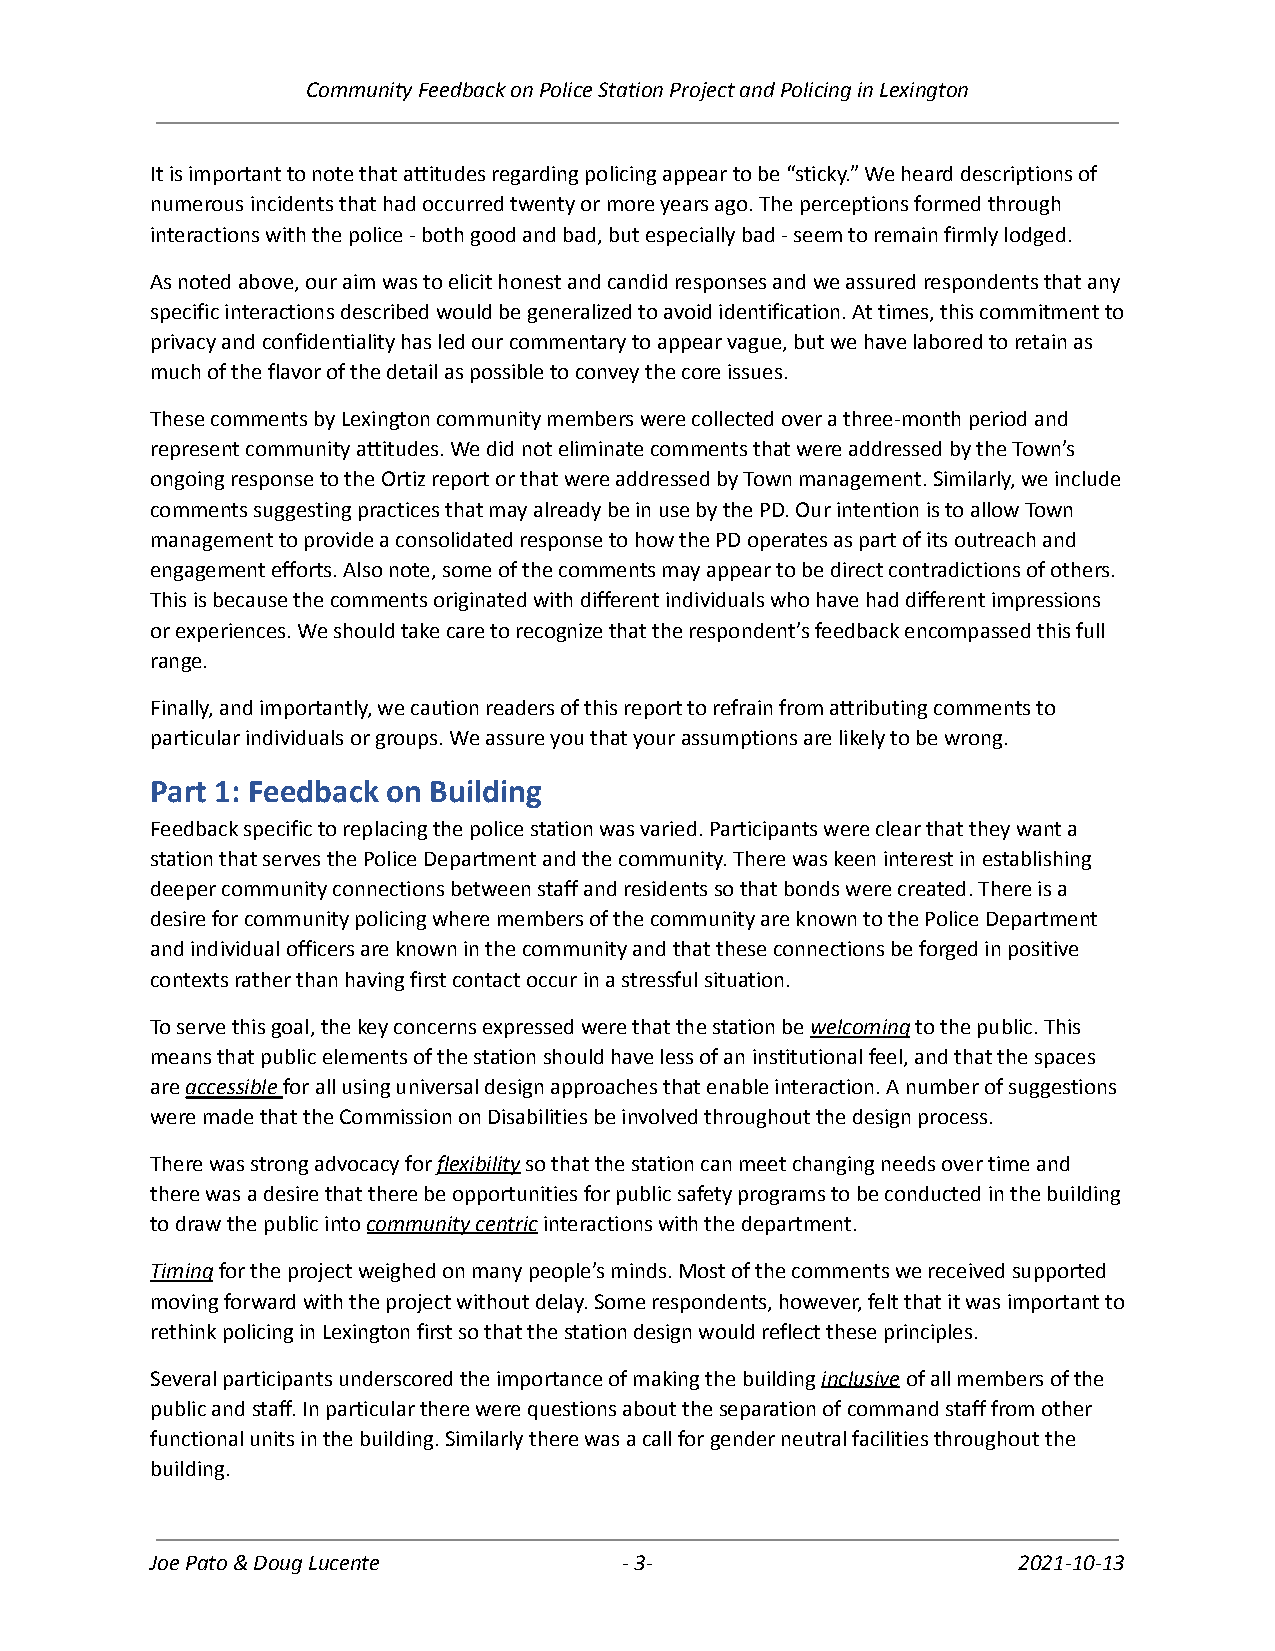
Community Feedback on Police Station Project and Policing in Lexington
 It is important to note that attitudes regarding policing appear to be “sticky.” We heard descriptions of
 numerous incidents that had occurred twenty or more years ago. The perceptions formed through
 interactions with the police - both good and bad, but especially bad - seem to remain firmly lodged.
 As noted above, our aim was to elicit honest and candid responses and we assured respondents that any
 specific interactions described would be generalized to avoid identification. At times, this commitment to
 privacy and confidentiality has led our commentary to appear vague, but we have labored to retain as
 much of the flavor of the detail as possible to convey the core issues.
 These comments by Lexington community members were collected over a three-month period and
 represent community attitudes. We did not eliminate comments that were addressed by the Town’s
 ongoing response to the Ortiz report or that were addressed by Town management. Similarly, we include
 comments suggesting practices that may already be in use by the PD. Our intention is to allow Town
 management to provide a consolidated response to how the PD operates as part of its outreach and
 engagement efforts. Also note, some of the comments may appear to be direct contradictions of others.
 This is because the comments originated with different individuals who have had different impressions
 or experiences. We should take care to recognize that the respondent’s feedback encompassed this full
 range.
 Finally, and importantly, we caution readers of this report to refrain from attributing comments to
 particular individuals or groups. We assure you that your assumptions are likely to be wrong.
 Part 1: Feedback on Building
 Feedback specific to replacing the police station was varied. Participants were clear that they want a
 station that serves the Police Department and the community. There was keen interest in establishing
 deeper community connections between staff and residents so that bonds were created. There is a
 desire for community policing where members of the community are known to the Police Department
 and individual officers are known in the community and that these connections be forged in positive
 contexts rather than having first contact occur in a stressful situation.
 To serve this goal, the key concerns expressed were that the station bewelcomingto the public. This
 means that public elements of the station should have less of an institutional feel, and that the spaces
 areaccessiblefor all using universal design approachesthat enable interaction. A number of suggestions
 were made that the Commission on Disabilities be involved throughout the design process.
 There was strong advocacy forflexibilityso thatthe station can meet changing needs over time and
 there was a desire that there be opportunities for public safety programs to be conducted in the building
 to draw the public intocommunity centricinteractionswith the department.
 Timingfor the project weighed on many people’s minds.Most of the comments we received supported
 moving forward with the project without delay. Some respondents, however, felt that it was important to
 rethink policing in Lexington first so that the station design would reflect these principles.
 Several participants underscored the importance of making the buildinginclusiveof all members of the
 public and staff. In particular there were questions about the separation of command staff from other
 functional units in the building. Similarly there was a call for gender neutral facilities throughout the
 building.
 Joe Pato & Doug Lucente        -3-                       2021-10-13